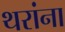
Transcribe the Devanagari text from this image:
थरांना